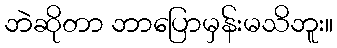
ဘဲဆိုတာ ဘာပြောမှန်းမသိဘူး။